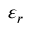
\varepsilon _ { r }